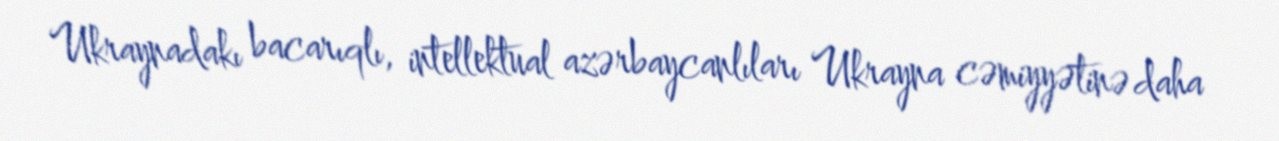
Ukraynadakı bacarıqlı, intellektual azərbaycanlıları Ukrayna cəmiyyətinə daha